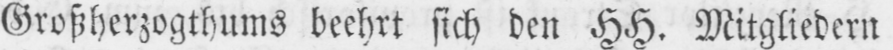
Großherzogthums beehrt sich den HH. Mitgliedern